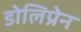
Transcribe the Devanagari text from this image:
डोलिप्रेन